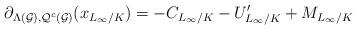
LaTeX: \begin{align*} \partial_{\Lambda(\mathcal{G}), \mathcal{Q}^c(\mathcal{G})}(x_{L_{\infty}/K}) = -C_{L_{\infty}/K} - U'_{L_{\infty}/K} + M_{L_{\infty}/K} \end{align*}